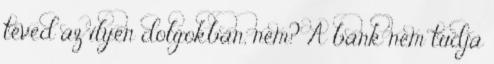
téved az ilyen dolgokban, nem? A bank nem tudja